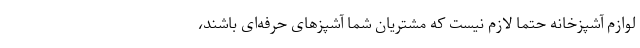
لوازم آشپزخانه حتماً لازم نیست که مشتریان شما آشپزهای حرفه‌ای باشند،